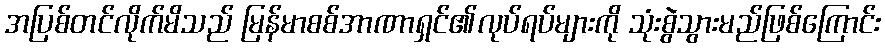
အပြစ်တင်လိုက်မိသည် မြန်မာစစ်အာဏာရှင်၏လုပ်ရပ်များကို သုံးစွဲသွားမည်ဖြစ်ကြောင်း